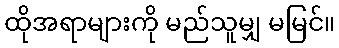
ထိုအရာများကို မည်သူမျှ မမြင်။